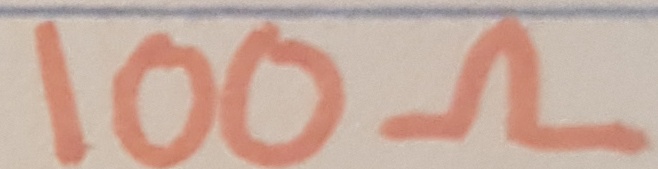
Text: 100Ω